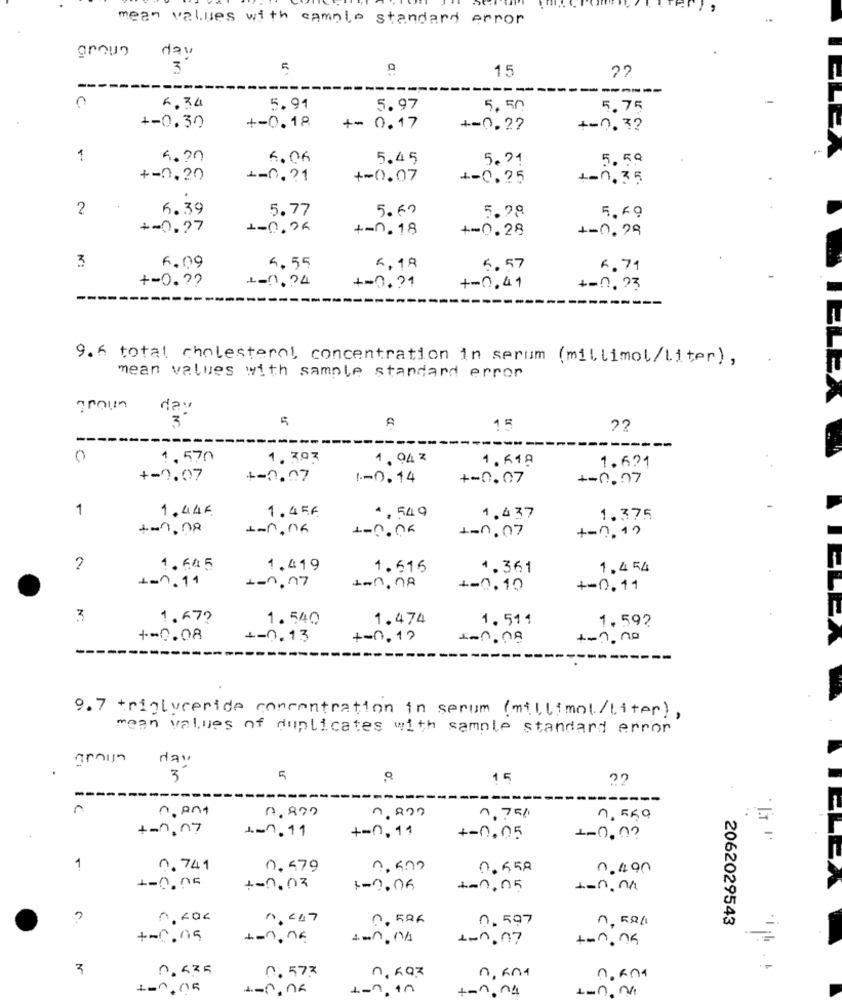
mean values with sample standard error
groun
day
3
15
22
--
C.
6.34
5.91
5.97
5.50
5.75
+-0.30
+-0.18
+= 0.17
+=0.27
+-0, 3?
1
4.70
6.06
5.45
5.91
5.59
+-0.20
4-0. 21
+-0.07
+-0.25
1-0.35
2
5.39
5.77
5.60
5.28
5.6 9
+-0,27
1-0.26
+-0.18
+-0.28
1-0.79
3
F. 09
4.55
6,18
5.57
6.71
+-0.92
1-10.74
+=0.21
+-0,41
+-0, 23
----
9.6 total cholesterol, concentration in serum (millimol/liter),
mean values with sample standard error
day
5
15
-----
0
1.570
1.393
1.94 7
1.618
1.691
+-0.07
1-0.07
1-0.14
+-0.07
+-0.07
1
1.445
1.45A
4.549
1.437
1.375
1-n.na
1-0.0K
+-0.19
1-0.07
2
1. 645
1.419
1.616
4.361
1.4 54
-1.11
+-0,77
+-0,10
+-0.11
3
1.67?
1.540
1.474
1.511
1.592
+=0.08
1-0.13
+-0.17
-----
9.7 triglyceride concentration in serum (millimol/liter),
mean values of duplicates with sample standard error
nav
3
5
O.
15
22
----
-----
-------
17.800
n.820
0,75%
n, 559
+-1, 07
+-0,11
1 .- 1.11
+-0.05
1-0,0?
1
0.741
0.479
0.658
0.490
+-0.05
1-0.03
1-0.06
1-0,05
1.247
0. 596
0, 597
2062029543
+~0.05
Lon. 07
+-1. 15
n. 593
0. 577
n, an1
100.05
1-7, 10
+-1.04